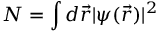
N = \int d { \vec { r } } | \psi ( { \vec { r } } ) | ^ { 2 }